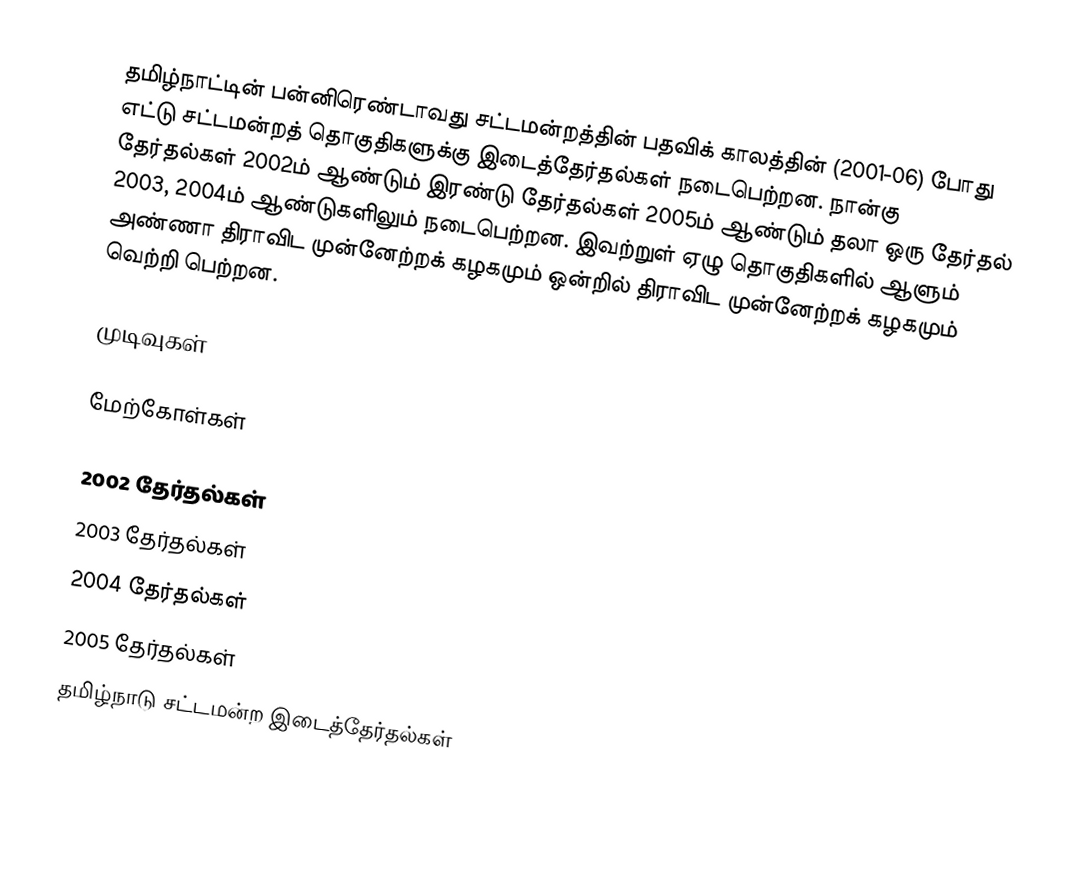
தமிழ்நாட்டின் பன்னிரெண்டாவது சட்டமன்றத்தின் பதவிக் காலத்தின் (2001-06) போது எட்டு சட்டமன்றத் தொகுதிகளுக்கு இடைத்தேர்தல்கள் நடைபெற்றன. நான்கு தேர்தல்கள் 2002ம் ஆண்டும் இரண்டு தேர்தல்கள் 2005ம் ஆண்டும் தலா ஒரு தேர்தல் 2003, 2004ம் ஆண்டுகளிலும் நடைபெற்றன. இவற்றுள் ஏழு தொகுதிகளில் ஆளும் அண்ணா திராவிட முன்னேற்றக் கழகமும் ஒன்றில் திராவிட முன்னேற்றக் கழகமும் வெற்றி பெற்றன.

முடிவுகள்

மேற்கோள்கள்

2002 தேர்தல்கள்
2003 தேர்தல்கள்
2004 தேர்தல்கள்
2005 தேர்தல்கள்
தமிழ்நாடு சட்டமன்ற இடைத்தேர்தல்கள்